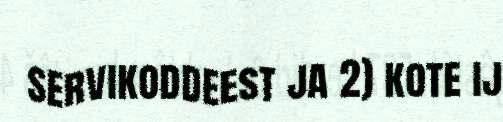
servikoddeest ja 2) kote ij